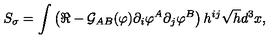
S _ { \sigma } = \int \left( \Re - { \cal G } _ { A B } ( \varphi ) \partial _ { i } \varphi ^ { A } \partial _ { j } \varphi ^ { B } \right) h ^ { i j } \sqrt { h } d ^ { 3 } x ,